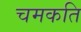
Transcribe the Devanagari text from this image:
चमकति